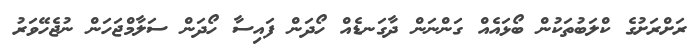
ރަށްރަށުގެ ކްލަބުތަކުން ބޯޅައެއް ގަންނަން ދާގަނޑެއް ހޯދަން ފައިސާ ހޯދަން ސަލާމްޖަހަން ނުޖެހޭވަރު